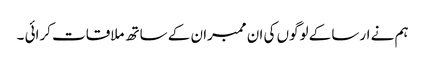
ہم نے ارسا کے لوگوں کی ان ممبران کے ساتھ ملاقات کرائی ۔